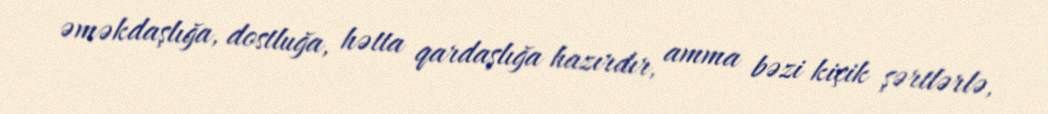
əməkdaşlığa, dostluğa, hətta qardaşlığa hazırdır, amma bəzi kiçik şərtlərlə,